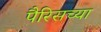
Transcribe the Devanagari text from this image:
पैरिसच्या